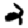
Digit: 2